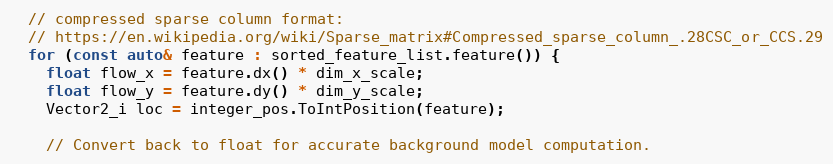
Language: C++
  // compressed sparse column format:
  // https://en.wikipedia.org/wiki/Sparse_matrix#Compressed_sparse_column_.28CSC_or_CCS.29
  for (const auto& feature : sorted_feature_list.feature()) {
    float flow_x = feature.dx() * dim_x_scale;
    float flow_y = feature.dy() * dim_y_scale;
    Vector2_i loc = integer_pos.ToIntPosition(feature);

    // Convert back to float for accurate background model computation.